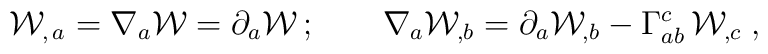
{\cal W}_{,\,a}=\nabla_a {\cal W}=\partial _a{\cal W}\,;\qquad\nabla_a {\cal W}_{,b}=\partial_a {\cal W}_{,b} -\Gamma^c_{ab} \, {\cal W}_{, c}\;,